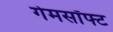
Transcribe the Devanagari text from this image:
गेमसॉफ्ट